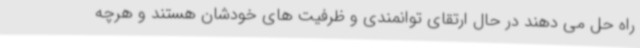
راه حل می دهند در حال ارتقای توانمندی و ظرفیت های خودشان هستند و هرچه